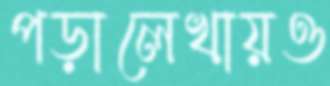
পড়ালেখায়ও